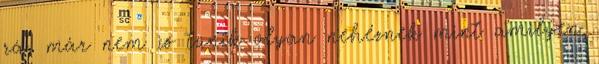
rá, már nem is tünik olyan nehéznek mint amilyen